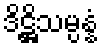
ဒိဋ္ဌိသမ္ပန္နံ